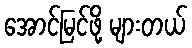
အောင်မြင်ဖို့ များတယ်